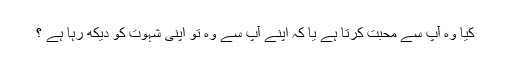
كيا وہ آپ سے محبت كرتا ہے يا كہ اپنے آپ سے وہ تو اپنى شہوت كو ديكھ رہا ہے ؟